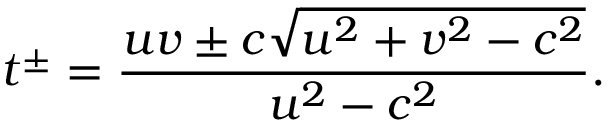
t ^ { \pm } = \frac { u v \pm c \sqrt { u ^ { 2 } + v ^ { 2 } - c ^ { 2 } } } { u ^ { 2 } - c ^ { 2 } } .